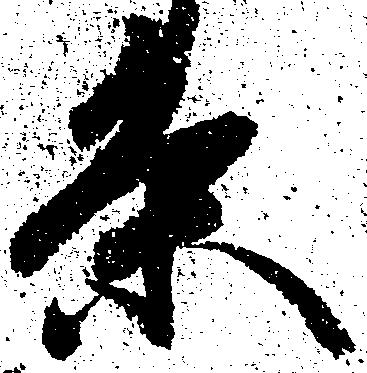
条